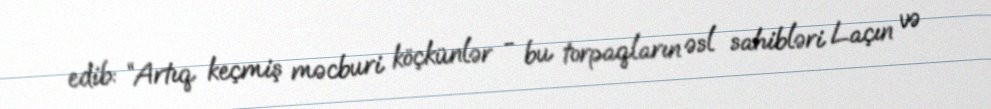
edib: “Artıq keçmiş məcburi köçkünlər - bu torpaqların əsl sahibləri Laçın və